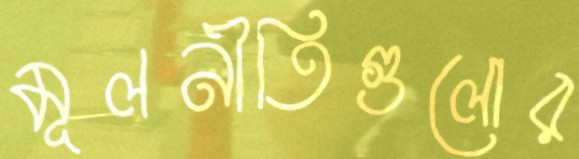
মূলনীতিগুলোর